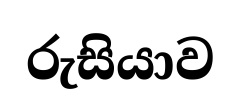
රුසියාව